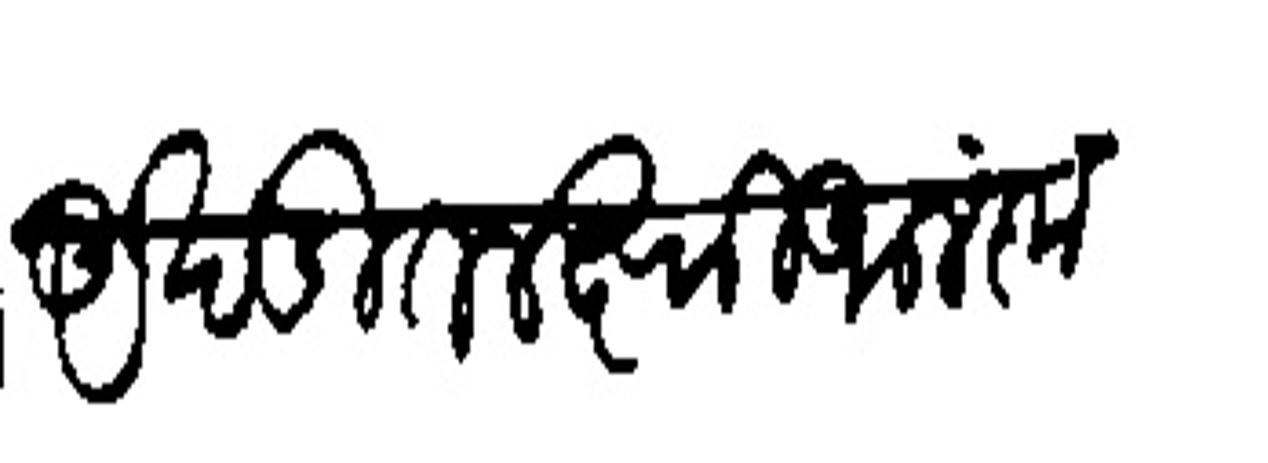
Transliteration (Devanagari): अखंडित लक्ष्मी आलंकृत